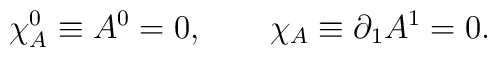
\chi^0_A \equiv A^0 = 0,      \qquad \chi_A\equiv \partial_1A^1 =0.